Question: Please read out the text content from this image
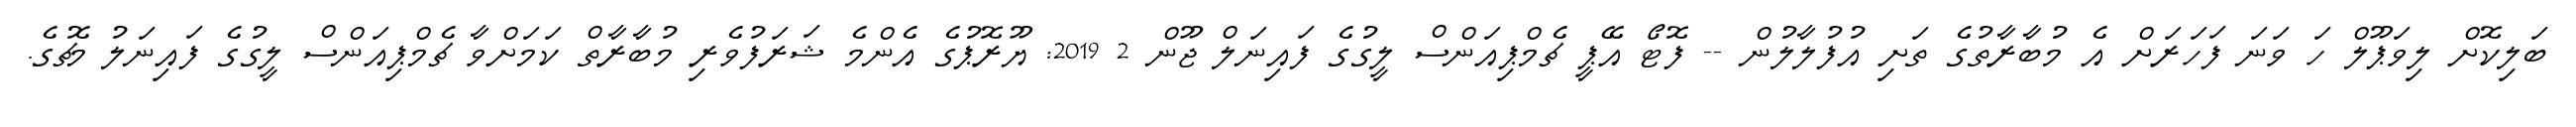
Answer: ބަލިކޮށް ލިވަޕޫލް ހަ ވަނަ ފަހަރަށް އެ މުބާރާތުގެ ތަށި އުފުލާލުން -- ފޮޓޯ އޭޕީ ޗެމްޕިއަންސް ލީގުގެ ފައިނަލް ޖޫން 2 2019: ޔޫރޮޕުގެ އެންމެ ޝަރަފުވެރި މުބާރާތް ކަމަށްވާ ޗެމްޕިއަންސް ލީގުގެ ފައިނަލު މެޗުގެ.